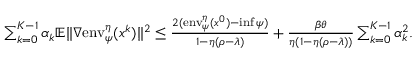
\begin{array} { r } { \sum _ { k = 0 } ^ { K - 1 } \alpha _ { k } \mathbb { E } \| \nabla \mathrm { e n v } _ { \psi } ^ { \eta } ( x ^ { k } ) \| ^ { 2 } \leq \frac { 2 ( \mathrm { e n v } _ { \psi } ^ { \eta } ( x ^ { 0 } ) - \operatorname* { i n f } \psi ) } { 1 - \eta ( \rho - \lambda ) } + \frac { \beta \theta } { \eta ( 1 - \eta ( \rho - \lambda ) ) } \sum _ { k = 0 } ^ { K - 1 } \alpha _ { k } ^ { 2 } . } \end{array}